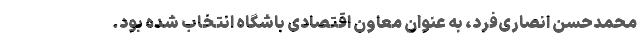
محمدحسن انصاری‌فرد، به عنوان معاون اقتصادی باشگاه انتخاب شده بود.